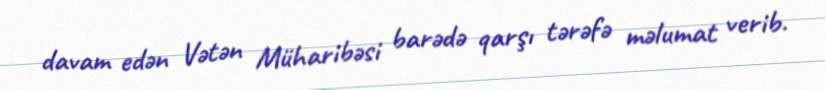
davam edən Vətən Müharibəsi barədə qarşı tərəfə məlumat verib.